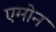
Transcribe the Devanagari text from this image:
एमोन